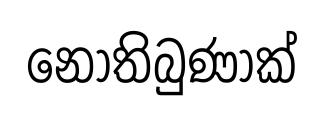
නොතිබුණාක්